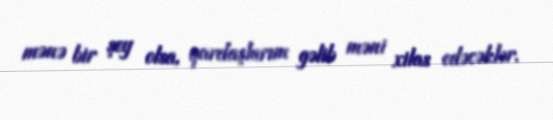
mənə bir şey olsa, qardaşlarım gəlib məni xilas edəcəklər.